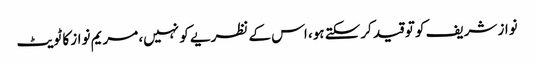
نواز شریف کو تو قید کرسکتے ہو، اس کے نظریے کو نہیں، مریم نواز کا ٹویٹ